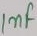
Text: 1nF